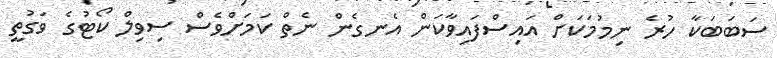
ސަބަބަކާ ހުރެ ނިމުމަކަށް އައިސްފައިވާކަން އެނގެން ނެތް ކަމަށްވެސް ސިވިލް ކޯޓުގެ ވަގުތީ